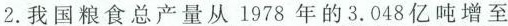
2.我国粮食总产量从1978年的3.048亿吨增至